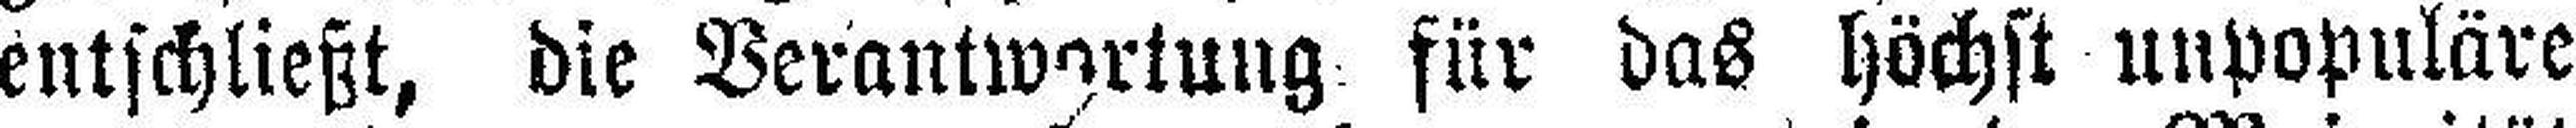
entschließt, die Verantwortung für das höchst unpopuläre